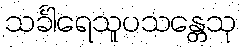
သင်္ခါရေသူပသန္တေသု